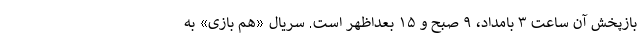
بازپخش آن ساعت ۳ بامداد، ۹ صبح و ۱۵ بعداظهر است. سریال «هم بازی» به